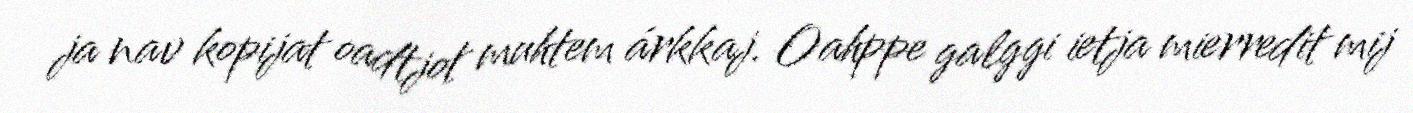
ja nav kopijat oadtjot muhtem árkkaj. Oahppe galggi ietja mierredit mij